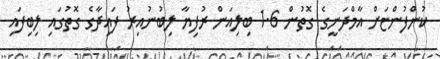
ކުންފުންޏަށް އާމްދަނީގެ ގޮތުން 1.6 ބިލިއަން ރުފިޔާ ލިބުނުއިރު ފައިދާގެ ގޮތުގައި ލިބިފައި